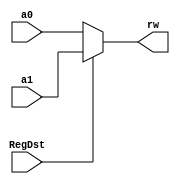
module mux_RegDst(a1,a0,rw,RegDst);
  input[4:0]a1,a0;
  input RegDst;
  output reg[4:0]rw;

always@(*)begin
  if(RegDst)rw=a1;
  else rw=a0;
  end
endmodule